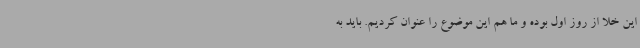
این خلا از روز اول بوده و ما هم این موضوع را عنوان کردیم. باید به